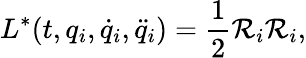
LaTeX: L^{*}(t,q_{i},\dot{q}_{i},\ddot{q}_{i})=\frac{1}{2}\mathcal{R}_{i}\mathcal{R}_{i},